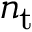
n _ { \mathrm { t } }